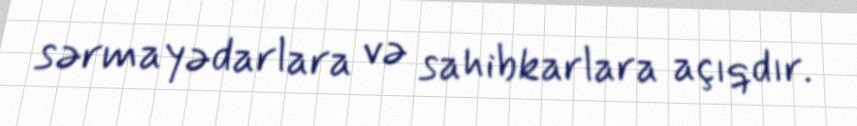
sərmayədarlara və sahibkarlara açıqdır.